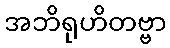
အဘိရုဟိတဗ္ဗာ